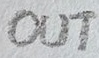
Text: OUT